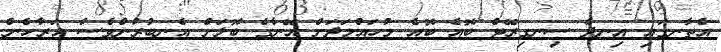
އެތާނގައި އިނދެ ސިނގިރޭޓް ބޮއެ ބޮއެ މުހައްމަދަށް އޭނާގެ ބޮލަށް އެނބުރުންވެސް އަރާހެން